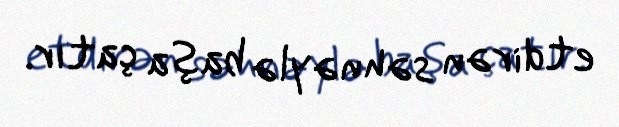
etdirən səhnəylə başa çatır.